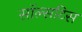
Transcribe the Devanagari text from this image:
सॉल्सटिस